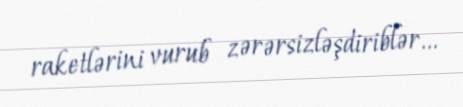
raketlərini vurub zərərsizləşdiriblər...